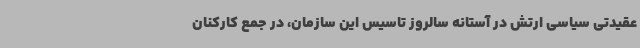
عقیدتی سیاسی ارتش در آستانه سالروز تاسیس این سازمان، در جمع کارکنان